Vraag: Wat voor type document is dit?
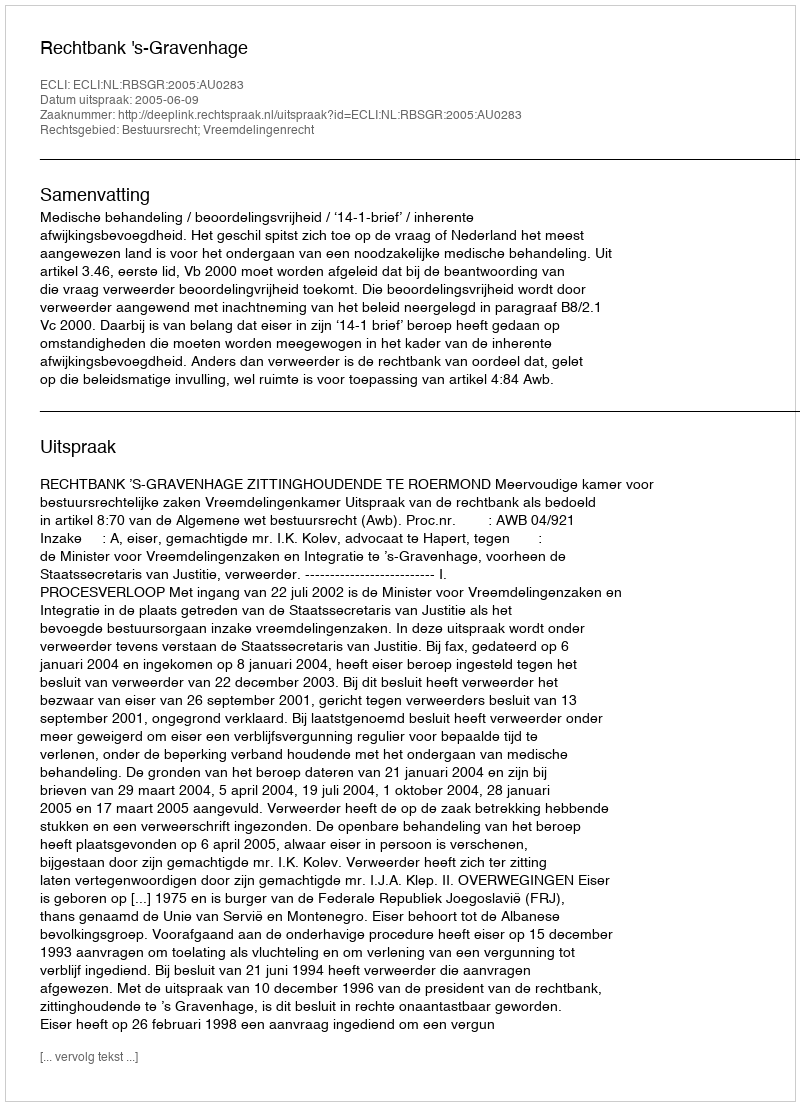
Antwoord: Uitspraak